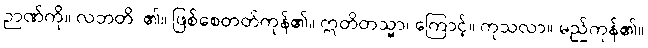
ဉာဏ်ကို။ လဘတိ၊ ၏။ ဖြစ်စေတတ်ကုန်၏။ ဣတိတသ္မာ၊ ကြောင့်။ ကုသလာ။ မည်ကုန်၏။